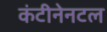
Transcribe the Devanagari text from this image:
कंटीनेनटल